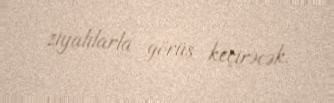
ziyalılarla görüş keçirəcək.